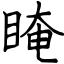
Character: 䁆